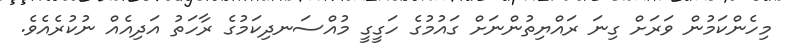
މިހެންކަމުން ވަރަށް ގިނަ ރައްޔިތުންނަށް ގައުމުގެ ހަގީގީ މުއްސަނދިކަމުގެ ރާހަތު އަދިއެއް ނުކުރެއެވެ.